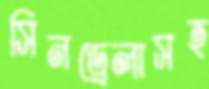
সিনড্রেলাসহ